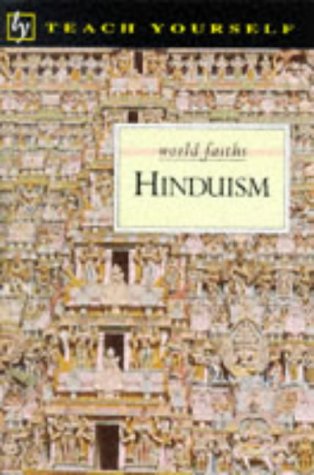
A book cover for Hinduism (World Faiths); V.P. Kanitkar; Children's Books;